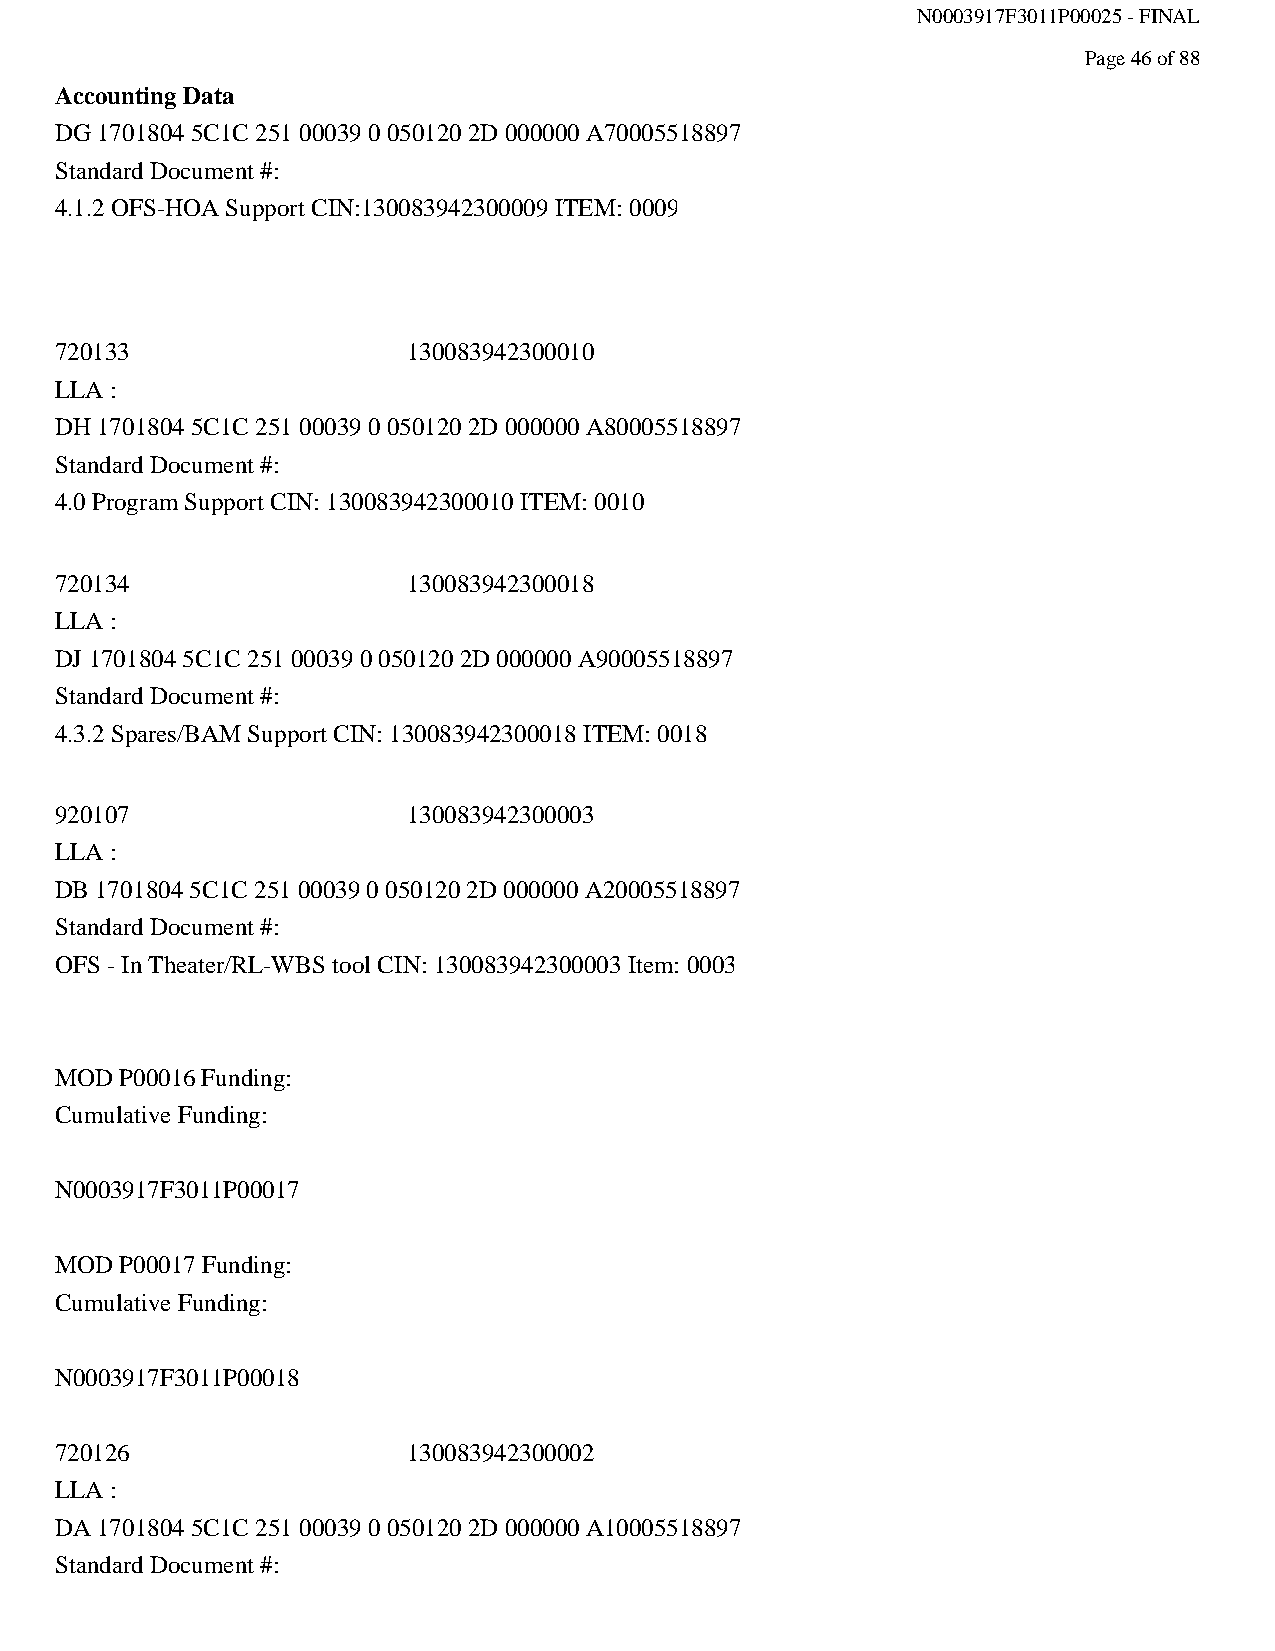
N0003917F3011P00025 - FINAL
 Page 46 of 88
 Accounting Data
 DG 1701804 5C1C 251 00039 0 050120 2D 000000 A70005518897
 Standard Document #:
 4.1.2 OFS-HOA Support CIN:130083942300009 ITEM: 0009
 720133                 130083942300010
 LLA :
 DH 1701804 5C1C 251 00039 0 050120 2D 000000 A80005518897
 Standard Document #:
 4.0 Program Support CIN: 130083942300010 ITEM: 0010
 720134                 130083942300018
 LLA :
 DJ 1701804 5C1C 251 00039 0 050120 2D 000000 A90005518897
 Standard Document #:
 4.3.2 Spares/BAM Support CIN: 130083942300018 ITEM: 0018
 920107                 130083942300003
 LLA :
 DB 1701804 5C1C 251 00039 0 050120 2D 000000 A20005518897
 Standard Document #:
 OFS - In Theater/RL-WBS tool CIN: 130083942300003 Item: 0003
 MOD P00016 Funding:
 Cumulative Funding:
 N0003917F3011P00017
 MOD P00017 Funding:
 Cumulative Funding:
 N0003917F3011P00018
 720126                 130083942300002
 LLA :
 DA 1701804 5C1C 251 00039 0 050120 2D 000000 A10005518897
 Standard Document #: